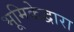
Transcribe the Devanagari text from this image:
भूमिकेद्वारा